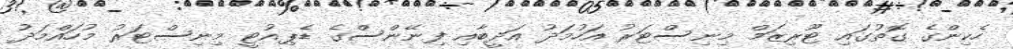
ހެކިންގެ ގޮތުގައި ޓޫރިޒަމް މިނިސްޓަރު އަހުމަދު އަދީބާއި ފިނޭންސްގެ ޑެޕިއުޓީ މިނިސްޓަރު މުހައްމަދު